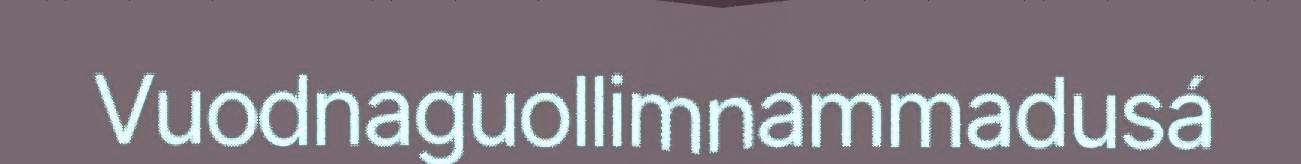
Vuodnaguollimnammadusá